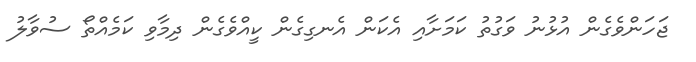
ޖަހަންވެގެން އުޅުނު ވަގުތު ކަމަށާއި އެކަން އެނގިގެން ކީއްވެގެން ދިމާވި ކަމެއްތޯ ސުވާލު